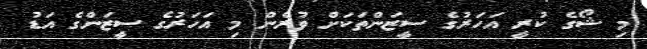
މި ޝޯގެ ކުރީ އަހަރުގެ ސީޒަންތަކަށް ވުރެން މި އަހަރުގެ ސީޒަންގެ އަޑު